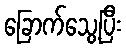
ခြောက်သွေ့ပြီး